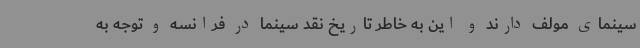
سینمای مولف دارند و این به خاطر تاریخ نقد سینما در فرانسه و توجه به